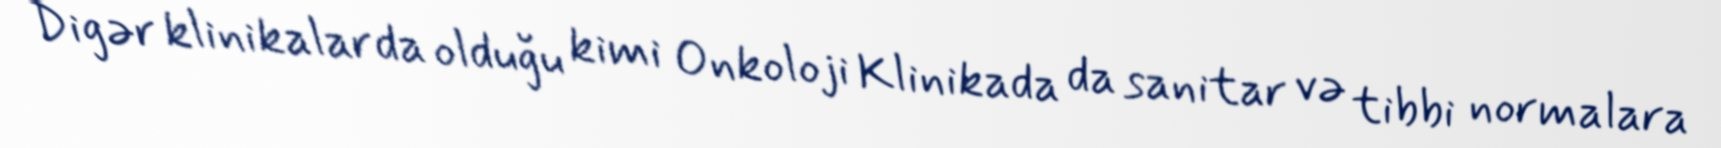
Digər klinikalarda olduğu kimi Onkoloji Klinikada da sanitar və tibbi normalara